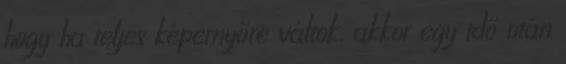
hogy ha teljes képernyőre váltok, akkor egy idő után